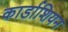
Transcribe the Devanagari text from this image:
कार्डाशियन